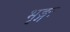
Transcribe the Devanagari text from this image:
भृङ्गः